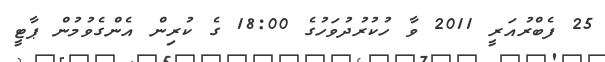
25 ފެބްރުއަރީ 2011 ވާ ހުކުރުދުވަހުގެ 18:00 ގެ ކުރިން އެންގެވުމުން ޕާޓީ